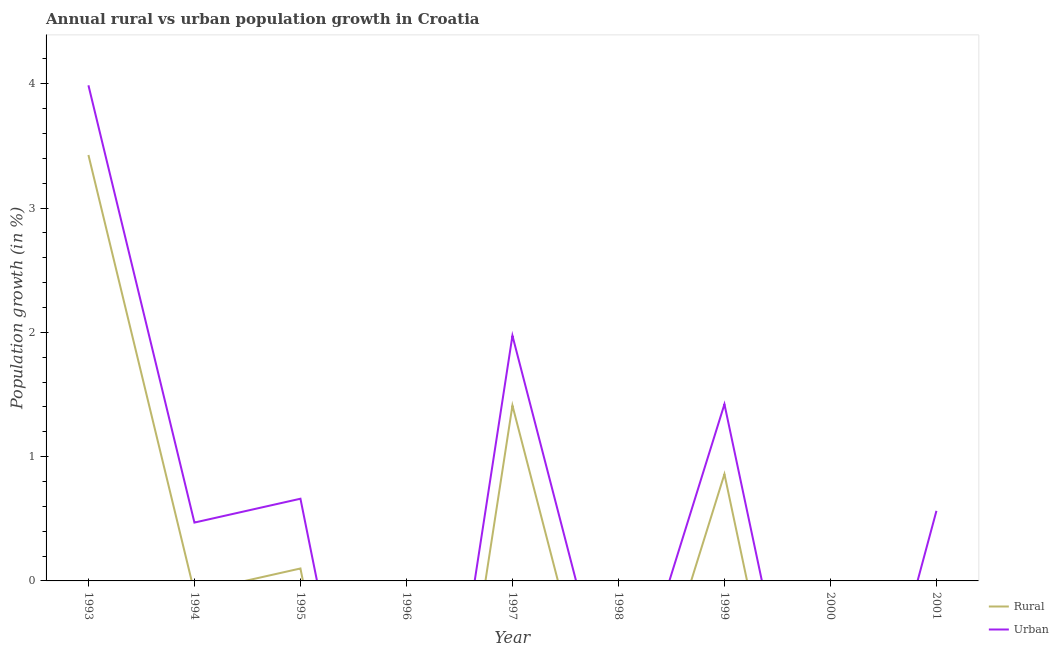
| Year | Rural | Urban  |
 | --- | --- | --- |
 | 1993 | 3.43 | 3.99 |
 | 1994 | -0.0915 | 0.469 |
 | 1995 | 0.1 | 0.661 |
 | 1996 | -4.13 | -3.57 |
 | 1997 | 1.41 | 1.97 |
 | 1998 | -1.88 | -1.31 |
 | 1999 | 0.859 | 1.42 |
 | 2000 | -3.16 | -2.6 |
 | 2001 | 0.00463 | 0.564 |